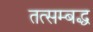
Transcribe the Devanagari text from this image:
तत्सम्बद्ध